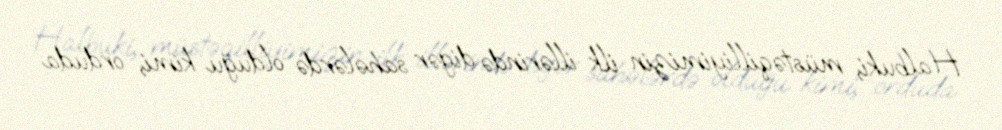
Halbuki, müstəqilliyimizin ilk illərində digər sahələrdə olduğu kimi, ordu­da